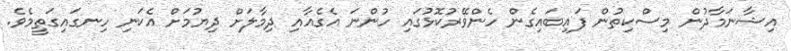
އިޝާނަމާދުން މިސްކިތުން ފައިބައިގެން ހެންވޭރުކޮޅުގައި ހުންނަ އެގެއާއި ދިމާލަށް ދިޔުމަށް އެކަނި ހިނގައިގަތީމެވެ.